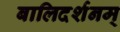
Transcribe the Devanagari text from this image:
बालिदर्शनम्